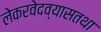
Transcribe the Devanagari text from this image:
लेकरवेदव्यासतथा